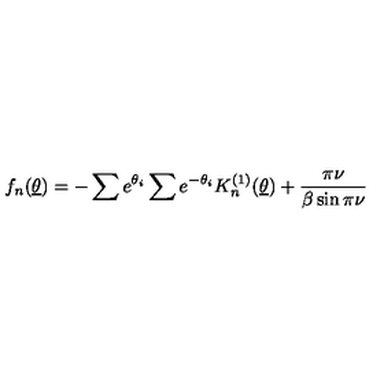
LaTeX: f _ { n } ( \underline { { \theta } } ) = - \sum e ^ { \theta _ { i } } \sum e ^ { - \theta _ { i } } K _ { n } ^ { ( 1 ) } ( \underline { { \theta } } ) + \frac { \pi \nu } { \beta \sin \pi \nu }